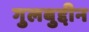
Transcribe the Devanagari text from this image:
गुलबुद्दीन